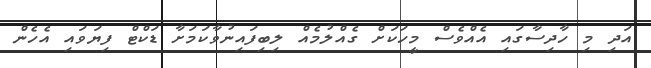
އަދި މި ހާދިސާގައި އެއްވެސް މީހަކަށް ގެއްލުމެއް ލިބިފައިނުވާކަމަށާ ޑަކްޓް ފިޔަވައި އެހެން